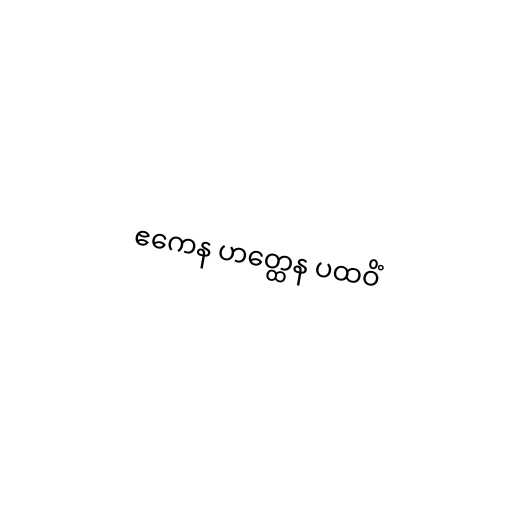
ဧကေန ဟတ္ထေန ပထဝိံ